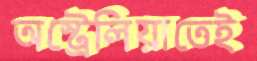
অস্ট্রেলিয়াতেই